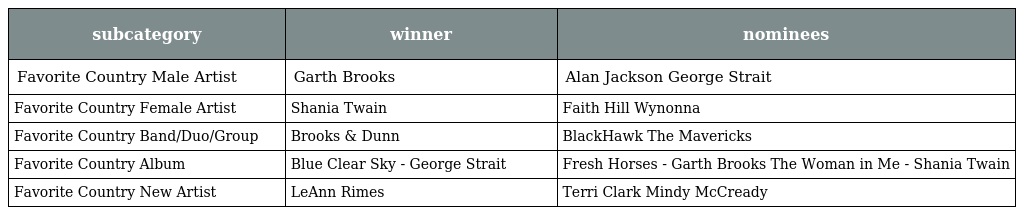
| subcategory | winner | nominees |
 | --- | --- | --- |
 | Favorite Country Male Artist | Garth Brooks | Alan Jackson George Strait |
 | Favorite Country Female Artist | Shania Twain | Faith Hill Wynonna |
 | Favorite Country Band/Duo/Group | Brooks & Dunn | BlackHawk The Mavericks |
 | Favorite Country Album | Blue Clear Sky - George Strait | Fresh Horses - Garth Brooks The Woman in Me - Shania Twain |
 | Favorite Country New Artist | LeAnn Rimes | Terri Clark Mindy McCready |